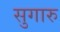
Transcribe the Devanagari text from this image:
सुगारु